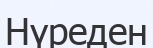
Нүреден